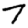
Digit: 7